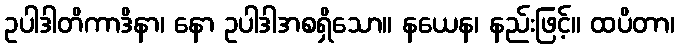
ဥပါဒါတိကာဒိနာ၊ နော ဥပါဒါအစရှိသော။ နယေန၊ နည်းဖြင့်။ ထပိတာ၊